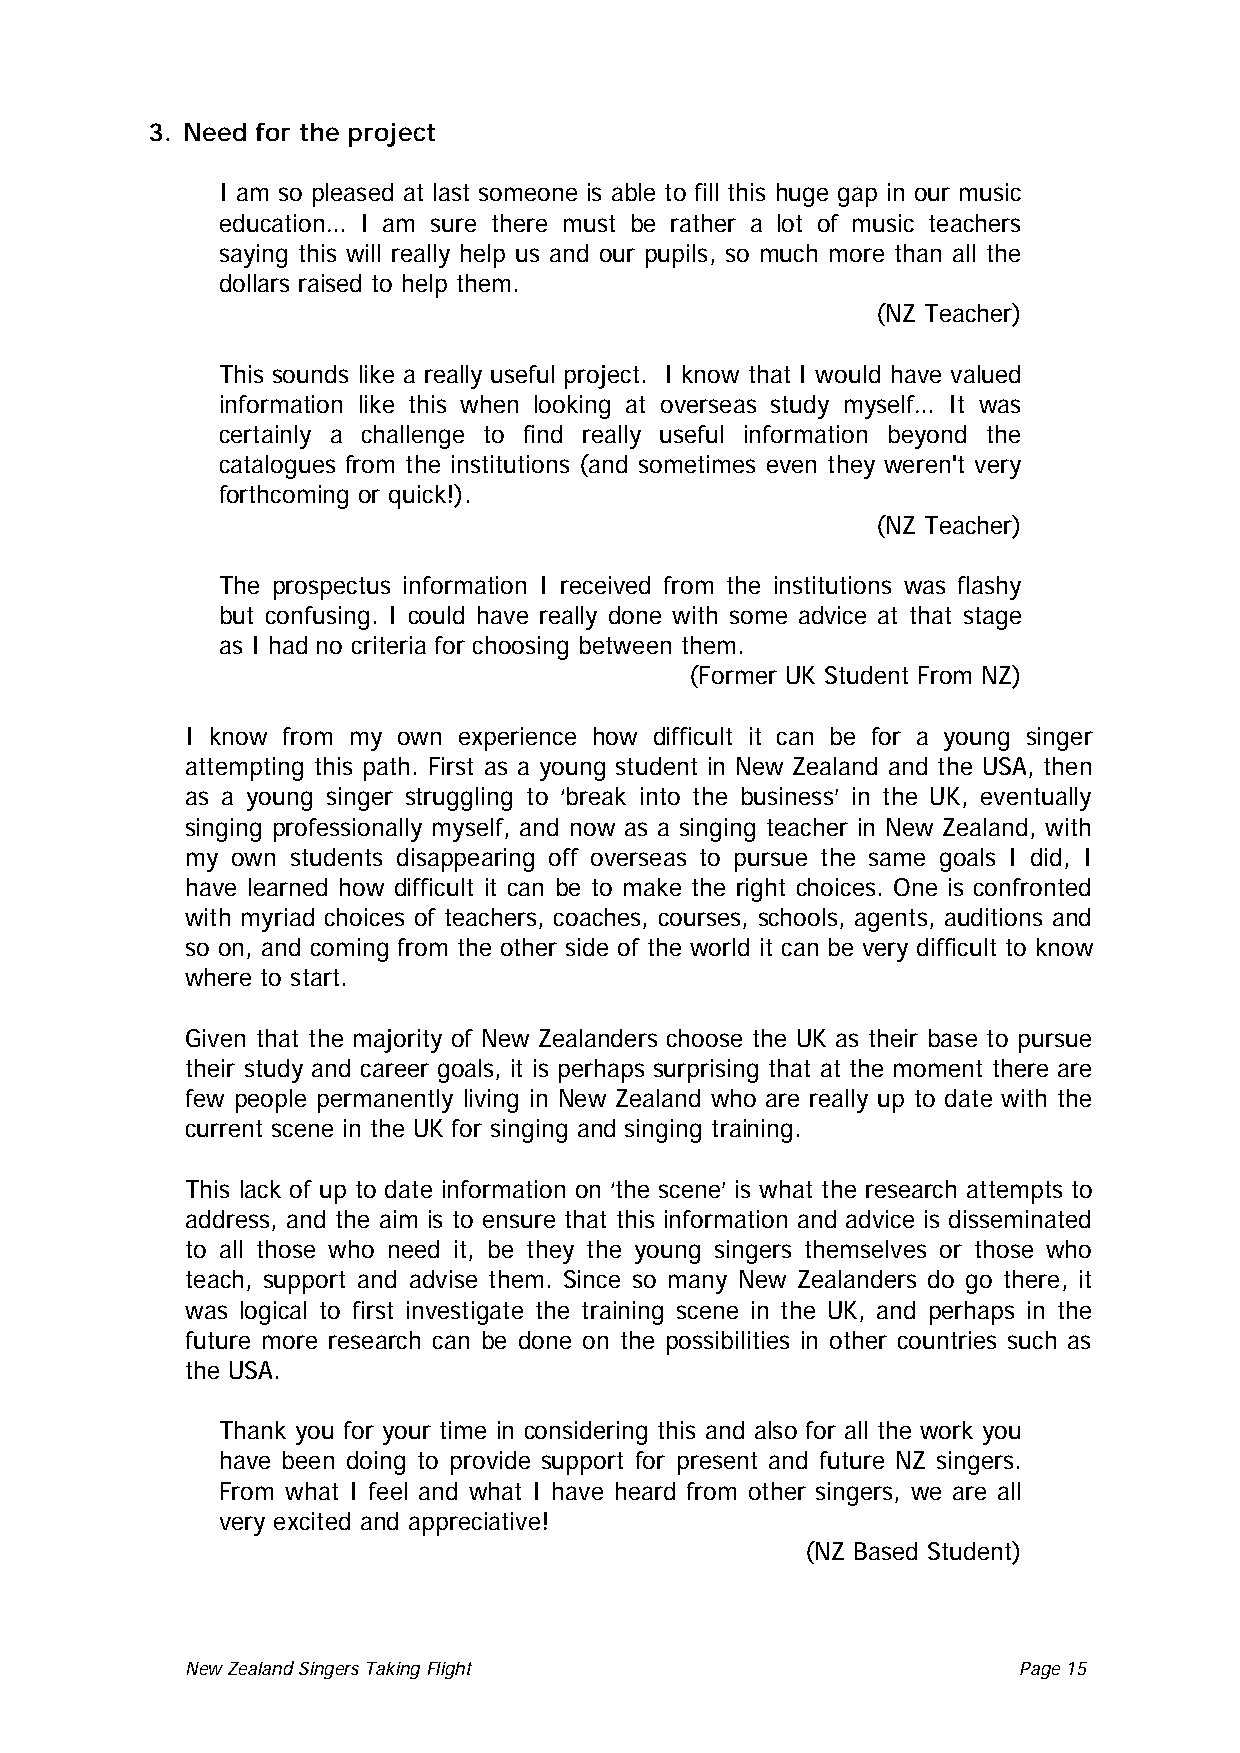
3. Need for the project
 I am so pleased at last someone is able to fill this huge gap in our music
 education… I am sure there must be rather a lot of music teachers
 saying this will really help us and our pupils, so much more than all the
 dollars raised to help them.
 (NZ Teacher)
 This sounds like a really useful project. I know that I would have valued
 information like this when looking at overseas study myself… It was
 certainly a challenge to find really useful information beyond the
 catalogues from the institutions (and sometimes even they weren't very
 forthcoming or quick!).
 (NZ Teacher)
 The prospectus information I received from the institutions was flashy
 but confusing. I could have really done with some advice at that stage
 as I had no criteria for choosing between them.
 (Former UK Student From NZ)
 I know from my own experience how difficult it can be for a young singer
 attempting this path. First as a young student in New Zealand and the USA, then
 as a young singer struggling to ‘break into the business’ in the UK, eventually
 singing professionally myself, and now as a singing teacher in New Zealand, with
 my own students disappearing off overseas to pursue the same goals I did, I
 have learned how difficult it can be to make the right choices. One is confronted
 with myriad choices of teachers, coaches, courses, schools, agents, auditions and
 so on, and coming from the other side of the world it can be very difficult to know
 where to start.
 Given that the majority of New Zealanders choose the UK as their base to pursue
 their study and career goals, it is perhaps surprising that at the moment there are
 few people permanently living in New Zealand who are really up to date with the
 current scene in the UK for singing and singing training.
 This lack of up to date information on ‘the scene’ is what the research attempts to
 address, and the aim is to ensure that this information and advice is disseminated
 to all those who need it, be they the young singers themselves or those who
 teach, support and advise them. Since so many New Zealanders do go there, it
 was logical to first investigate the training scene in the UK, and perhaps in the
 future more research can be done on the possibilities in other countries such as
 the USA.
 Thank you for your time in considering this and also for all the work you
 have been doing to provide support for present and future NZ singers.
 From what I feel and what I have heard from other singers, we are all
 very excited and appreciative!
 (NZ Based Student)
 New Zealand Singers Taking Flight Page 15